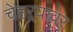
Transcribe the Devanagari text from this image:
चेहऱ्र्‍यावर